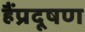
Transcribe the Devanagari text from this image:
हैंप्रदूषण